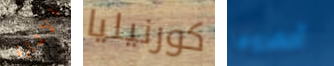
الاشارة كورنيليا أحضروها